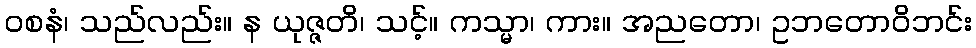
ဝစနံ၊ သည်လည်း။ န ယုဇ္ဇတိ၊ သင့်။ ကသ္မာ၊ ကား။ အညတော၊ ဥဘတောဝိဘင်း